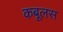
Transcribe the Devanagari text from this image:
कबूलस